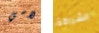
لاسي الشراكة